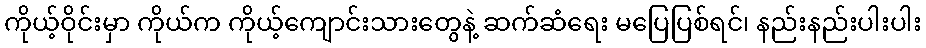
ကိုယ့်ဝိုင်းမှာ ကိုယ်က ကိုယ့်ကျောင်းသားတွေနဲ့ ဆက်ဆံရေး မပြေပြစ်ရင်၊ နည်းနည်းပါးပါး